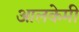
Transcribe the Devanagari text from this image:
आलकेमी